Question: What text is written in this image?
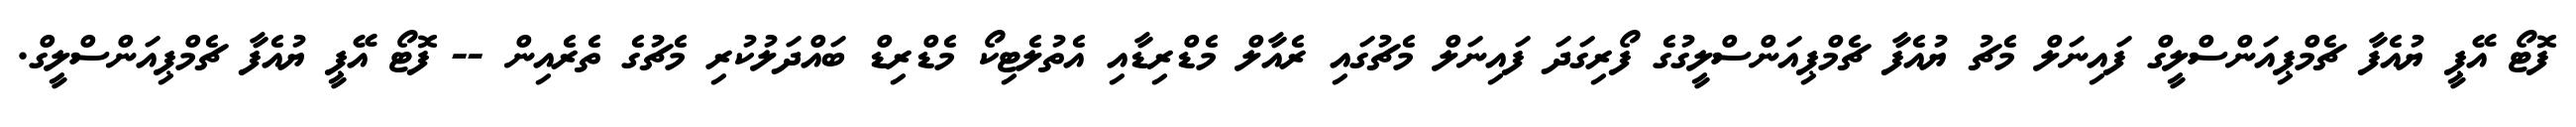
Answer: ފޮޓޯ އޭޕީ ޔުއެފާ ޗެމްޕިއަންސްލީގް ފައިނަލް މެޗު ޔުއެފާ ޗެމްޕިއަންސްލީގުގެ ފޯރިގަދަ ފައިނަލް މެޗުގައި ރެއާލް މެޑްރިޑާއި އެތުލެޓިކޯ މެޑްރިޑް ބައްދަލުކުރި މެޗުގެ ތެރެއިން -- ފޮޓޯ އޭޕީ ޔުއެފާ ޗެމްޕިއަންސްލީގް.